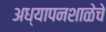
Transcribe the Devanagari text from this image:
अध्यापनशाळेचे